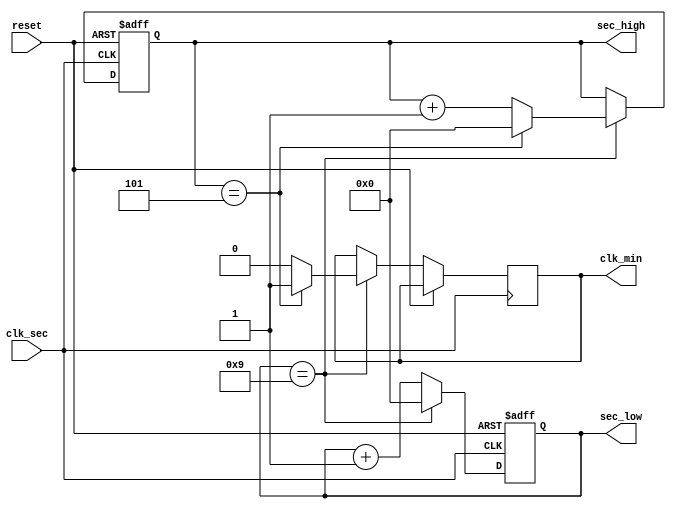
`timescale 1ns / 1ps
module sw_gen_sec(
	input wire clk_sec,
	input wire reset,
	output reg clk_min,
	output reg[3:0] sec_low, sec_high);
	
	initial begin
		sec_low = 0;
		sec_high = 0;
	end
 
	always @(posedge clk_sec or posedge reset) begin
		if (reset) begin
			sec_low = 0;
			sec_high = 0;
		end
		else
			if (sec_low == 9) begin
				sec_low = 0;
				clk_min = 0;
				if (sec_high == 5) begin
					sec_high = 0; // grow min
					clk_min = 1;
				end
				else
					sec_high = sec_high + 1;
				end
			else
				sec_low = sec_low + 1;
	end

endmodule